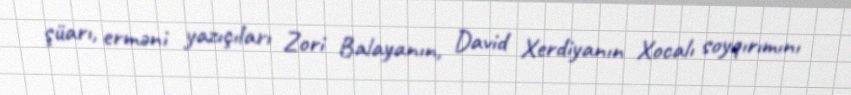
şüarı, erməni yazıçıları Zori Balayanın, David Xerdiyanın Xocalı soyqırımını